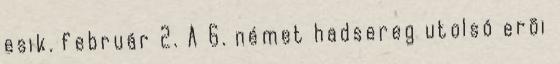
esik. február 2. A 6. német hadsereg utolsó erõi